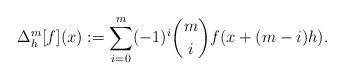
LaTeX: \begin{align*}\Delta^m_h[f](x) := \sum_{i=0}^m (-1)^i \binom{m}{i} f(x+(m-i)h). \end{align*}